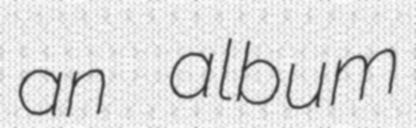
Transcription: an album